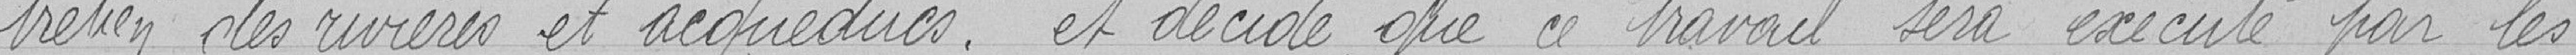
tretien des rivières et aqueducs, et décide que ce travail sera exécuté par les